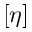
\left[ \eta \right]